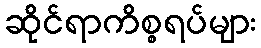
ဆိုင်ရာကိစ္စရပ်များ